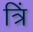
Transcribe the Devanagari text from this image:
त्रिं